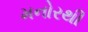
મનોરથી